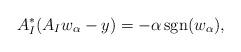
LaTeX: \begin{align*} A_I^*(A_Iw_\alpha-y) = -\alpha\mathop{{\rm sgn}}(w_\alpha), \end{align*}